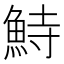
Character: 𩶬